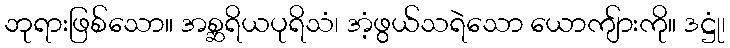
ဘုရားဖြစ်သော။ အစ္ဆရိယပုရိသံ၊ အံ့ဖွယ်သရဲသော ယောကျ်ားကို။ ဒဋ္ဌုံ၊